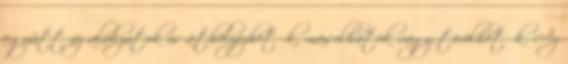
együtt az alakzatok is áthelyezhetők, másolhatók vagy törölhetők. Az